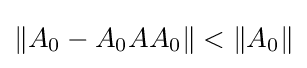
\left\|A_{0}-A_{0}AA_{0}\right\|<\left\|A_{0}\right\|